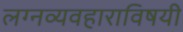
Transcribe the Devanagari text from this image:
लग्नव्यवहाराविषयी